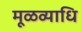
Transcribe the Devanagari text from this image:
मूळव्याधि